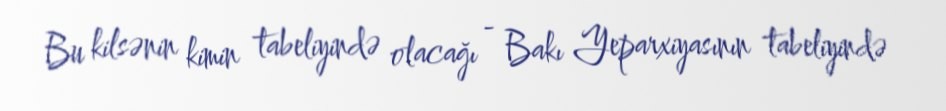
Bu kilsənin kimin tabeliyində olacağı - Bakı Yeparxiyasının tabeliyində